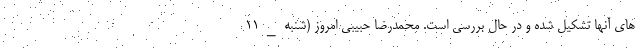
های آنها تشکیل شده و در حال بررسی است. محمدرضا حبیبی امروز (شنبه_۱۱